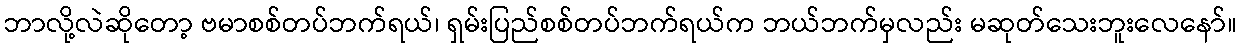
ဘာလို့လဲဆိုတော့ ဗမာစစ်တပ်ဘက်ရယ်၊ ရှမ်းပြည်စစ်တပ်ဘက်ရယ်က ဘယ်ဘက်မှလည်း မဆုတ်သေးဘူးလေနော်။